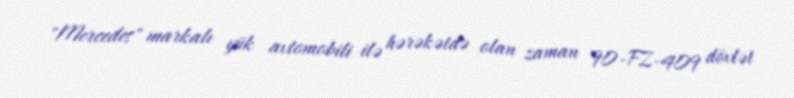
"Mercedes" markalı yük avtomobili ilə hərəkətdə olan zaman 90-FZ-409 dövlət